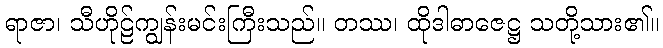
ရာဇာ၊ သီဟိုဠ်ကျွန်းမင်းကြီးသည်။ တဿ၊ ထိုဒါဓာဇေဋ္ဌ သတို့သား၏။